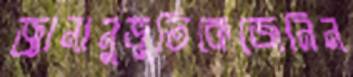
জ্ঞানানুভূতিকেজেনিন